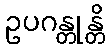
ဥပဂန္တုန္တိ